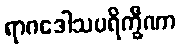
ရာဂဒေါသပရိက္ခီဏာ